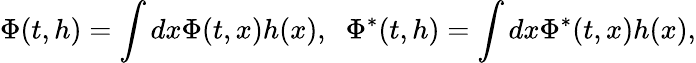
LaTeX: \Phi(t,h)=\int dx\Phi(t,x)h(x),\; \; \Phi^{*}(t,h)=\int dx\Phi^{*}(t,x)h(x),